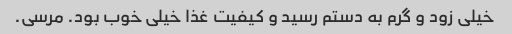
خیلی زود و گرم به دستم رسید و کیفیت غذا خیلی خوب بود. مرسی.